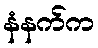
နံနက်က